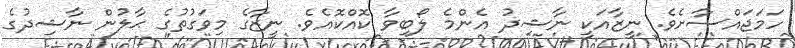
ހަމަޖައްސާށެވެ. ނީޒާއަކީ ނާޝިދު އެންމެ ލޯބިވާ ކޮއްކޮއެވެ. ނީޒާގެ މިވަގުތުގެ ޙާލުން ނާޝިދުގެ